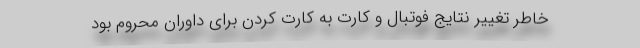
خاطر تغییر نتایج فوتبال و کارت به کارت کردن برای داوران محروم بود